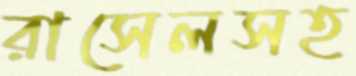
রাসেলসহ